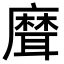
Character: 𦗕